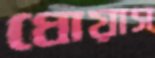
ধোয়াস